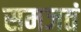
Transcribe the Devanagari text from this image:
समजतं